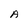
Character: A